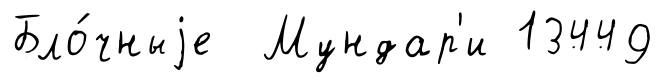
Бло́чныjе Мундар'и 13449